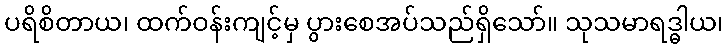
ပရိစိတာယ၊ ထက်ဝန်းကျင့်မှ ပွားစေအပ်သည်ရှိသော်။ သုသမာရဒ္ဓါယ၊